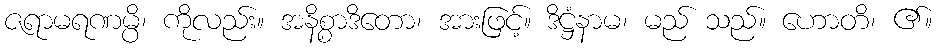
ဇရာမရဏမ္ပိ၊ ကိုလည်း။ အနိစ္စာဒိတော၊ အားဖြင့်။ ဒိဋ္ဌံနာမ၊ မည် သည်။ ဟောတိ၊ ၏။